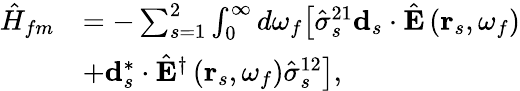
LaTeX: \begin{array}{rl}{\hat{H}_{fm}}&{=-\sum_{s=1}^{2}\int_{0}^{\infty}d\omega_{f}\bigl[\hat{\sigma}_{s}^{21}\mathbf{d}_{s}\cdot\hat{\mathbf{E}}\left(\mathbf{r}_{s},\omega_{f}\right)}\\ &{+\mathbf{d}_{s}^{*}\cdot\hat{\mathbf{E}}^{\dagger}\left(\mathbf{r}_{s},\omega_{f}\right)\hat{\sigma}_{s}^{12}\bigr],}\end{array}